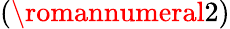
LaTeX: (\romannumeral 2)